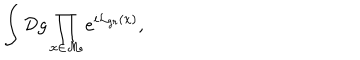
\int { \cal D } g \prod _ { x \in \cal M } e ^ { i { \cal L } _ { g r } ( x ) } ,